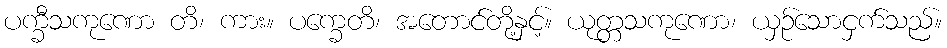
ပက္ခီသကုဏော တိ၊ ကား။ ပက္ခေတိ၊ အတောင်တို့နှင့်။ ယုတ္တသကုဏော၊ ယှဉ်သောငှက်သည်။